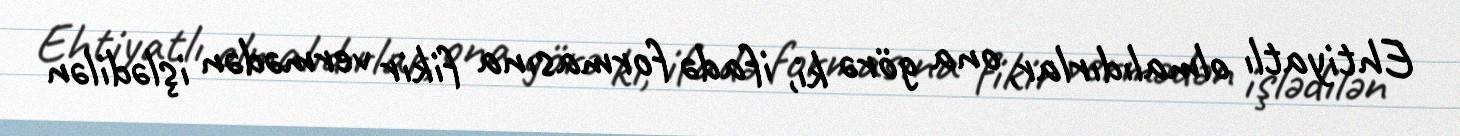
Ehtiyatlı olmalıdırlar, ona görə ki, ifadə formasına fikir vermədən işlədilən